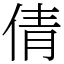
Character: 倩